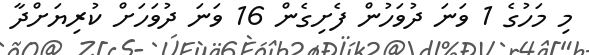
މި މަހުގެ 1 ވަނަ ދުވަހުން ފެށިގެން 16 ވަނަ ދުވަހަށް ކުރިޔަށްދާ